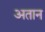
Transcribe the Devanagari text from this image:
अतान